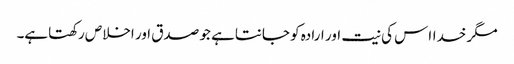
مگر خدااس کی نیت اور ارادہ کو جانتاہے جو صدق اور اخلاص رکھتاہے۔